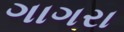
ગાગરા